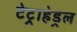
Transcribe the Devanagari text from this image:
टेट्राहेड्रल